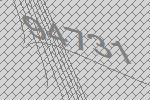
94731